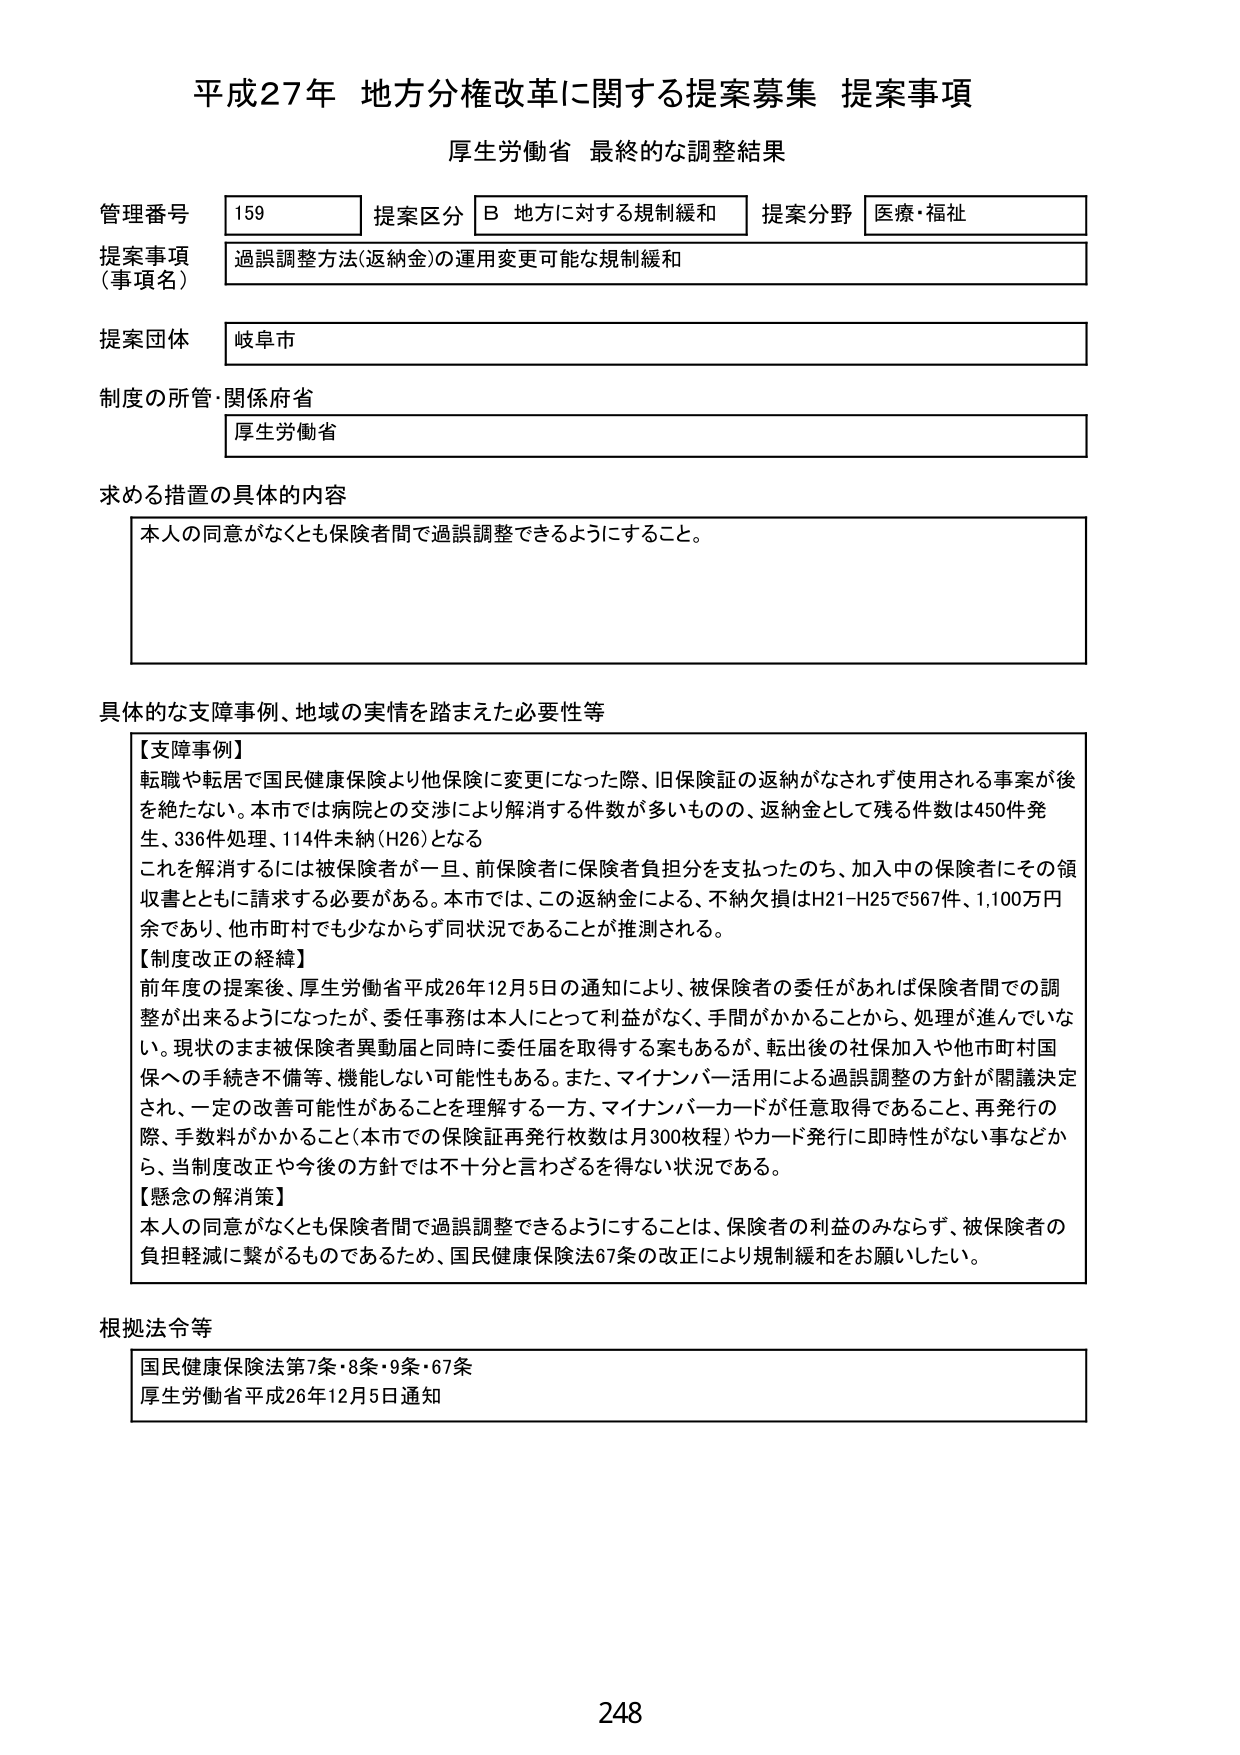
平成27年 地方分権改革に関する提案募集 提案事項
厚生労働省 最終的な調整結果

管理番号 159 提案区分 B 地方に対する規制緩和 提案分野 医療・福祉
提案事項（事項名） 過誤調整方法(返納金)の運用変更可能な規制緩和
提案団体 岐阜市
制度の所管・関係府省 厚生労働省

求める措置の具体的内容
本人の同意がなくとも保険者間で過誤調整できるようにすること。

具体的な支障事例、地域の実情を踏まえた必要性等
【支障事例】
転職や転居で国民健康保険より他保険に変更になった際、旧保険証の返納がなされず使用される事案が後を絶たない。本市では病院との交渉により解消する件数が多いものの、返納金として残る件数は450件発生、336件処理、114件未納(H26)となる
これを解消するには被保険者が一且、前保険者に保険者負担分を支払ったのち、加入中の保険者にその領収書とともに請求する必要がある。本市では、この返納金による、不納欠損はH21-H25で567件、1,100万円余であり、他市町村でも少なからず同状況であることが推測される。
【制度改正の経緯】
前年度の提案後、厚生労働省平成26年12月5日の通知により、被保険者の委任があれば保険者間での調整が出来るようになったが、委任事務は本人にとって利益がなく、手間がかかることがから、処理が進んでいない。現状のまま被保険者異動届と同時に委任届を取得する案もあるが、転出後の社保加入や他市町村国保への手続き不備等、機能しない可能性もある。また、マイナンバー活用による過誤調整の方針が閣議決定され、一定の改善可能性があることを理解する一方、マイナンバーカードが任意取得であること、再発行の際、手数料がかかること（本市での保険証再発行枚数は月300枚程）やカード発行に即時性がない事などから、当制度改正や今後の方針では不十分と言わざるを得ない状況である。
【懸念の解消策】
本人の同意がなくとも保険者間で過誤調整できるようにすることは、保険者の利益のみならず、被保険者の負担軽減に繋がるものであるため、国民健康保険法67条の改正により規制緩和をお願いしたい。

根拠法令等
国民健康保険法第7条・8条・9条・67条
厚生労働省平成26年12月5日通知

248